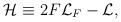
LaTeX: \begin{align*}{\cal H}\equiv 2F{\cal L}_{F}-{\cal L}, \end{align*}